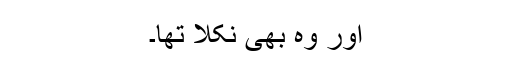
اور وہ بھی نکلا تھا۔